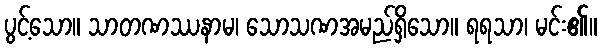
ပွင့်သော။ သာတဏဿနာမ၊ သောသဏအမည်ရှိသော။ ရရသာ၊ မင်း၏။